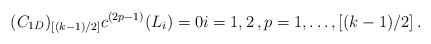
\begin{align*}(C_{1D})_{[(k-1)/2]} c^{(2p-1)}(L_i)=0 i=1,2 \,, p=1, \ldots, [(k-1)/2] \,.\end{align*}